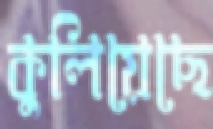
কুলিয়েছে